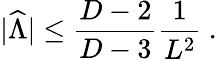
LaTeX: |{\widehat\Lambda}|\leq{\frac{D-2}{D-3}}{\frac{1}{L^{2}}}~.